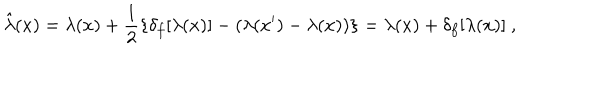
\hat { \lambda } ( x ) = \lambda ( x ) + \frac { 1 } { 2 } \{ \delta _ { f } [ \lambda ( x ) ] - ( \lambda ( x ^ { \prime } ) - \lambda ( x ) ) \} = \lambda ( x ) + \delta _ { f } [ \lambda ( x ) ] ~ ,